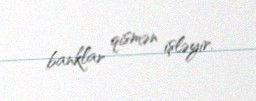
banklar qismən işləyir.